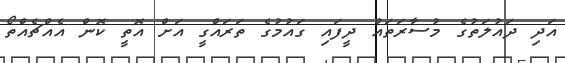
އަދި ދައުލަތުގެ މުސާރަތައް ދީފައި ގައުމުގެ ތަރައްގީ އަށް އޮތީ ކޮން އެއްޗެއްތޯ